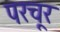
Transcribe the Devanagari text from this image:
परचूर